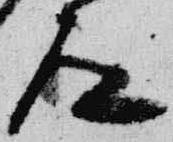
道